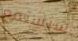
سنستمع